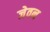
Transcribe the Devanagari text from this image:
जेवन